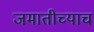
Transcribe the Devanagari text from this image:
जमातीच्याच